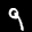
Digit: 9